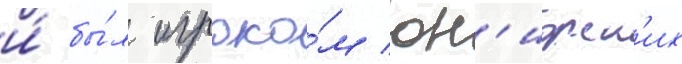
и́ бы́л игроко́м юн'иорск'их